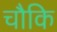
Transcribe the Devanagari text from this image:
चौकि